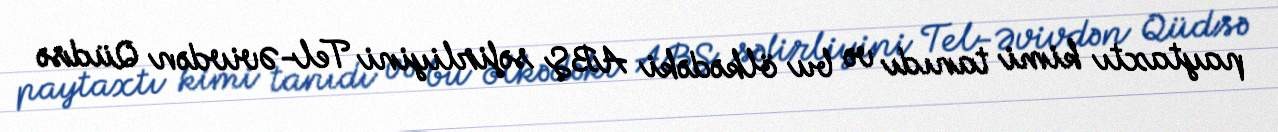
paytaxtı kimi tanıdı və bu ölkədəki ABŞ səfirliyini Tel-Əvivdən Qüdsə